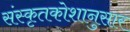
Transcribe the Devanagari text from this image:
संस्कृतकोशानुसार